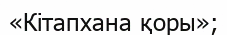
«Кітапхана қоры»;